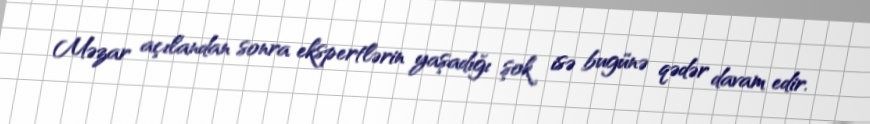
Məzar açılandan sonra ekspertlərin yaşadığı şok isə bugünə qədər davam edir.